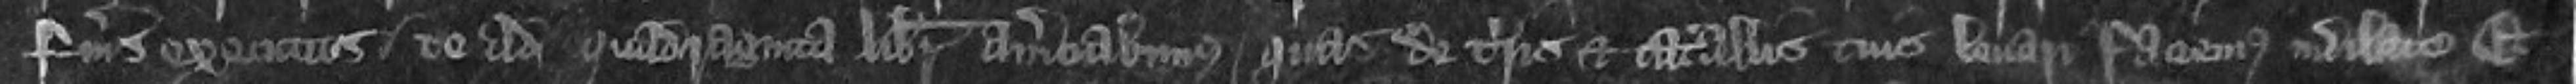
facerimus executus te ad quadraginta libarum amerciabimus quas de terris et catallis tuis levari faciemus indilate Et